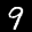
Label: 9